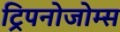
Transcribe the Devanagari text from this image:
ट्रिपनोजोम्स